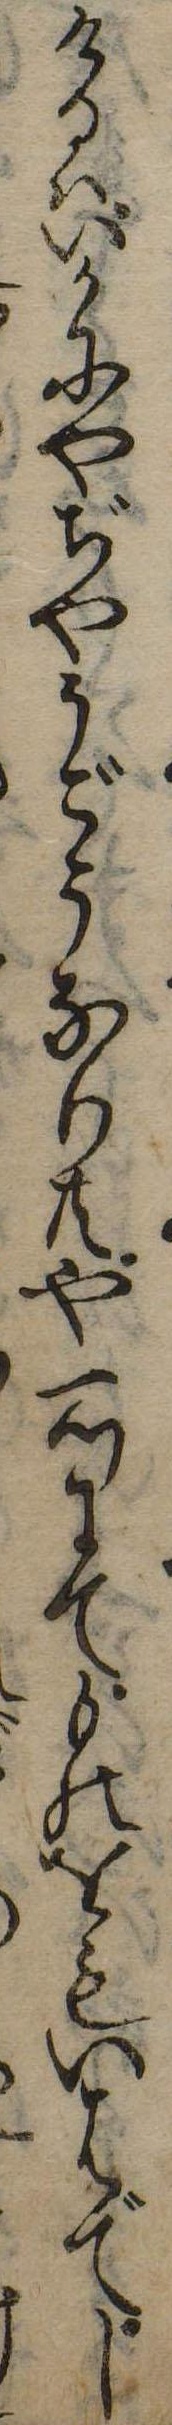
けるはいかにやぢやうごうなり共や一つにてものをもいはでし